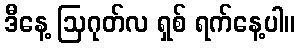
ဒီနေ့ ဩဂုတ်လ ရှစ် ရက်နေ့ပါ။